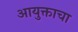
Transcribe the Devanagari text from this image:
आयुक्ताचा